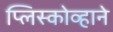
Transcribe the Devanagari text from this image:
प्लिस्कोव्हाने